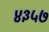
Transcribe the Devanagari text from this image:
४३५७